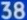
308